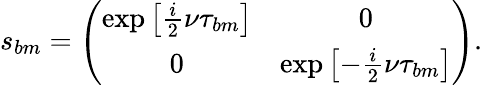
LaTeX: s_{bm}=\left(\begin{array}{cc}{\exp\left[\frac{i}{2}\nu\tau_{bm}\right]}&{0}\\ {0}&{\exp\left[-\frac{i}{2}\nu\tau_{bm}\right]}\end{array}\right).